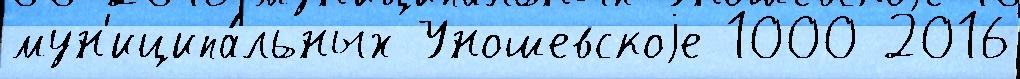
мун'иципа́льных Уношевскоjе 1000 2016